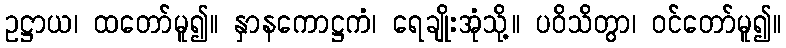
ဥဋ္ဌာယ၊ ထတော်မူ၍။ နှာနကောဋ္ဌကံ၊ ရေချိုးအုံသို့။ ပဝိသိတွာ၊ ဝင်တော်မူ၍။